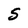
Character: S